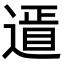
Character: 䢥